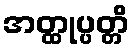
အတ္ထုပ္ပတ္တိ